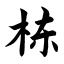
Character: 栋